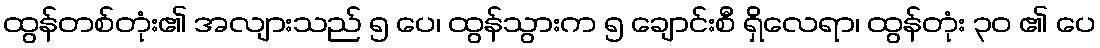
ထွန်တစ်တုံး၏ အလျားသည် ၅ ပေ၊ ထွန်သွားက ၅ ချောင်းစီ ရှိလေရာ၊ ထွန်တုံး ၃၀ ၏ ပေ